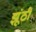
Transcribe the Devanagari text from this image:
झूंठी